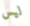
ليس